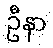
ဦနာ